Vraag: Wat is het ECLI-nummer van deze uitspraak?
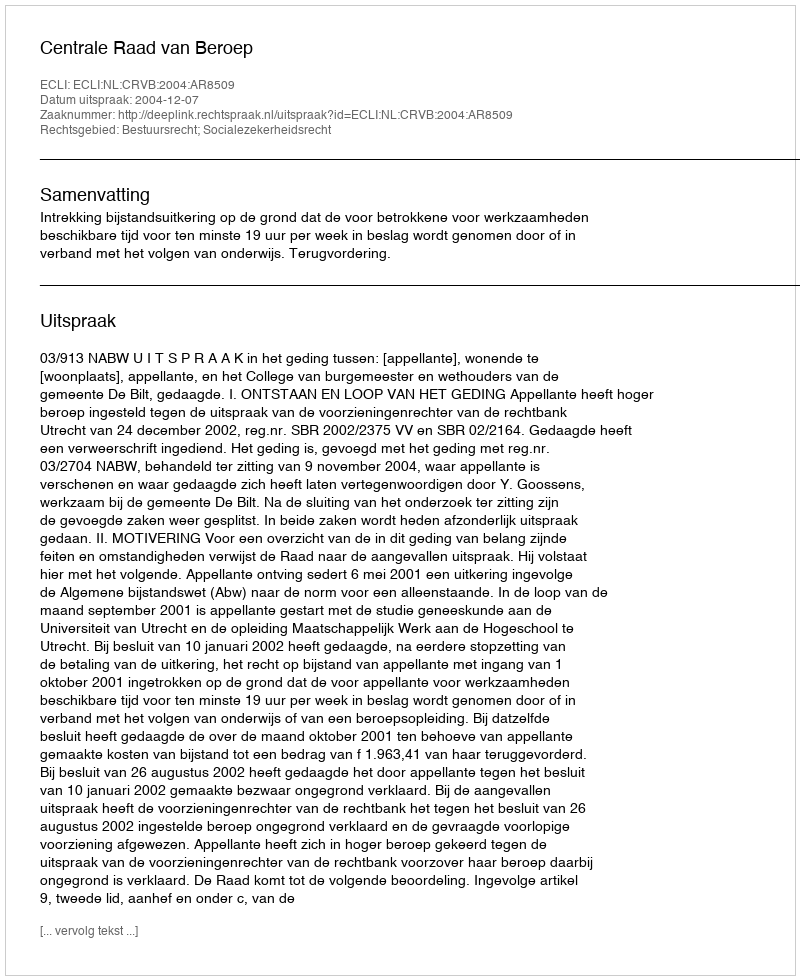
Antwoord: ECLI:NL:CRVB:2004:AR8509